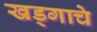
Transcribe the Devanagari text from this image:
खड्गाचे